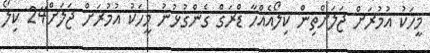
މީހަކު އުމުރަށް ޖަލަށްތިން ކިލޯއެއްހާ ޑްރަގް ގެންގުޅުނު މީހަކު އުމުރަށް ޖަލަށް24 ކިލޯ